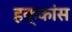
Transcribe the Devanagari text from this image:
हक्कांस